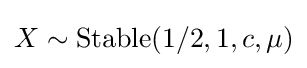
X\sim \operatorname {Stable} (1/2,1,c,\mu )